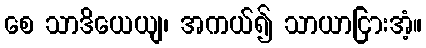
စေ သာဒိယေယျ၊ အကယ်၍ သာယာငြားအံ့။